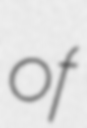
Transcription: of